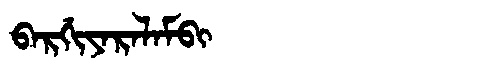
Manchu: ᠪᠠᡵᡤᡳᠶᠠᡵᠠᠯᠠᠮᠪᡳ
Romanization: BARGIYARALAMBI